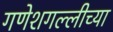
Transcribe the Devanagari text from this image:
गणेशगल्लीच्या